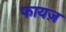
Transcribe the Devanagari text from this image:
फायज़